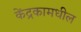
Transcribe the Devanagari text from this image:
केंद्रकामधील